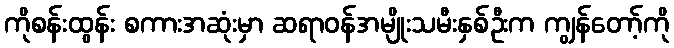
ကိုစန်းထွန်း စကားအဆုံးမှာ ဆရာဝန်အမျိုးသမီးနှစ်ဦးက ကျွန်တော့်ကို